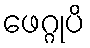
ဖေဂ္ဂုပိ